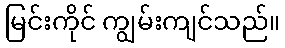
မြင်းကိုင် ကျွမ်းကျင်သည်။